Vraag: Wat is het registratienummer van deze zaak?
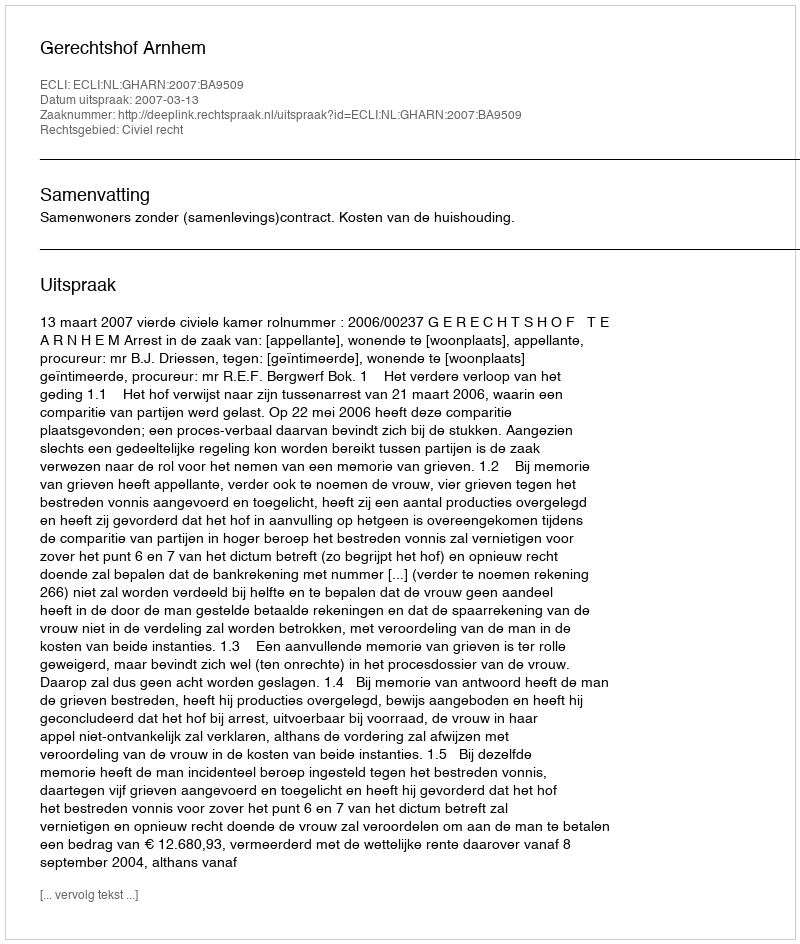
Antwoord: http://deeplink.rechtspraak.nl/uitspraak?id=ECLI:NL:GHARN:2007:BA9509